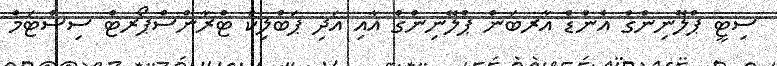
ސިޓީ ޕްލޭނިންގް އެންޑް އާރބަން ޕްލޭނިންގް އާއި އަދި ޕަބްލިކް ޓްރާންސްޕޯރޓް ސިސްޓަމް